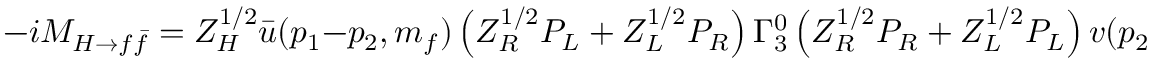
- i { \cal M } _ { H \rightarrow f \bar { f } } = Z _ { H } ^ { 1 / 2 } \bar { u } ( p _ { 1 } - p _ { 2 } , m _ { f } ) \left( Z _ { R } ^ { 1 / 2 } P _ { L } + Z _ { L } ^ { 1 / 2 } P _ { R } \right) \Gamma _ { 3 } ^ { 0 } \left( Z _ { R } ^ { 1 / 2 } P _ { R } + Z _ { L } ^ { 1 / 2 } P _ { L } \right) v ( p _ { 2 } , m _ { f } ) .